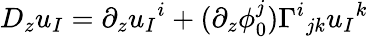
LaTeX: D_{z}u_{I}=\partial_{z}u_{I}{}^{i}+(\partial_{z}\phi_{0}^{j})\Gamma^{i}{}_{jk}u_{I}{}^{k}